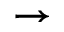
\rightarrow